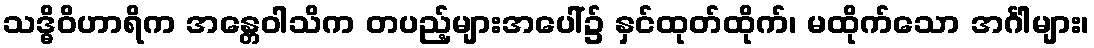
သဒ္ဓိဝိဟာရိက အန္တေဝါသိက တပည့်များအပေါ်၌ နှင်ထုတ်ထိုက်၊ မထိုက်သော အင်္ဂါများ၊